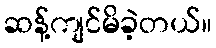
ဆန့်ကျင်မိခဲ့တယ်။